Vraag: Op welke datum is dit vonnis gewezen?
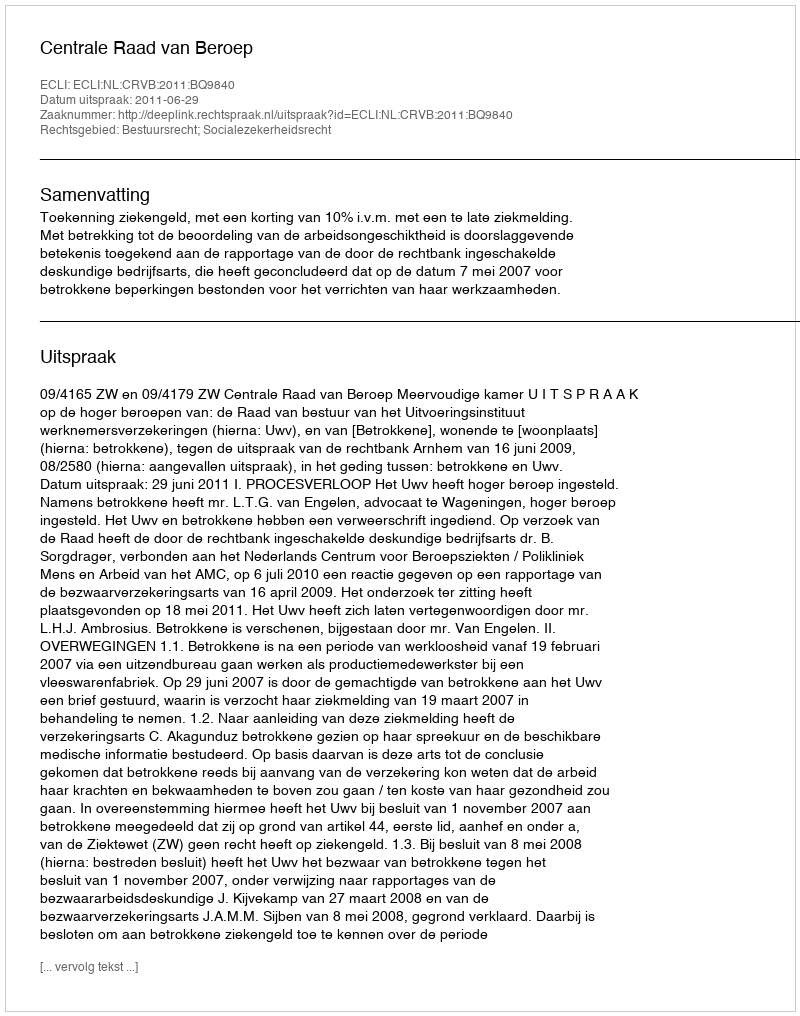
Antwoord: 2011-06-29